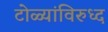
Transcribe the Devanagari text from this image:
टोळ्यांविरुध्द